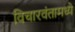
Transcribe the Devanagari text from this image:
विचारवंतामध्ये